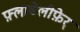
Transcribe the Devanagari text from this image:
फ़्लाबेलीफ़ेर्